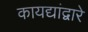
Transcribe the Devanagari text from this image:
कायद्यांद्वारे